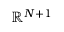
\mathbb { R } ^ { N + 1 }